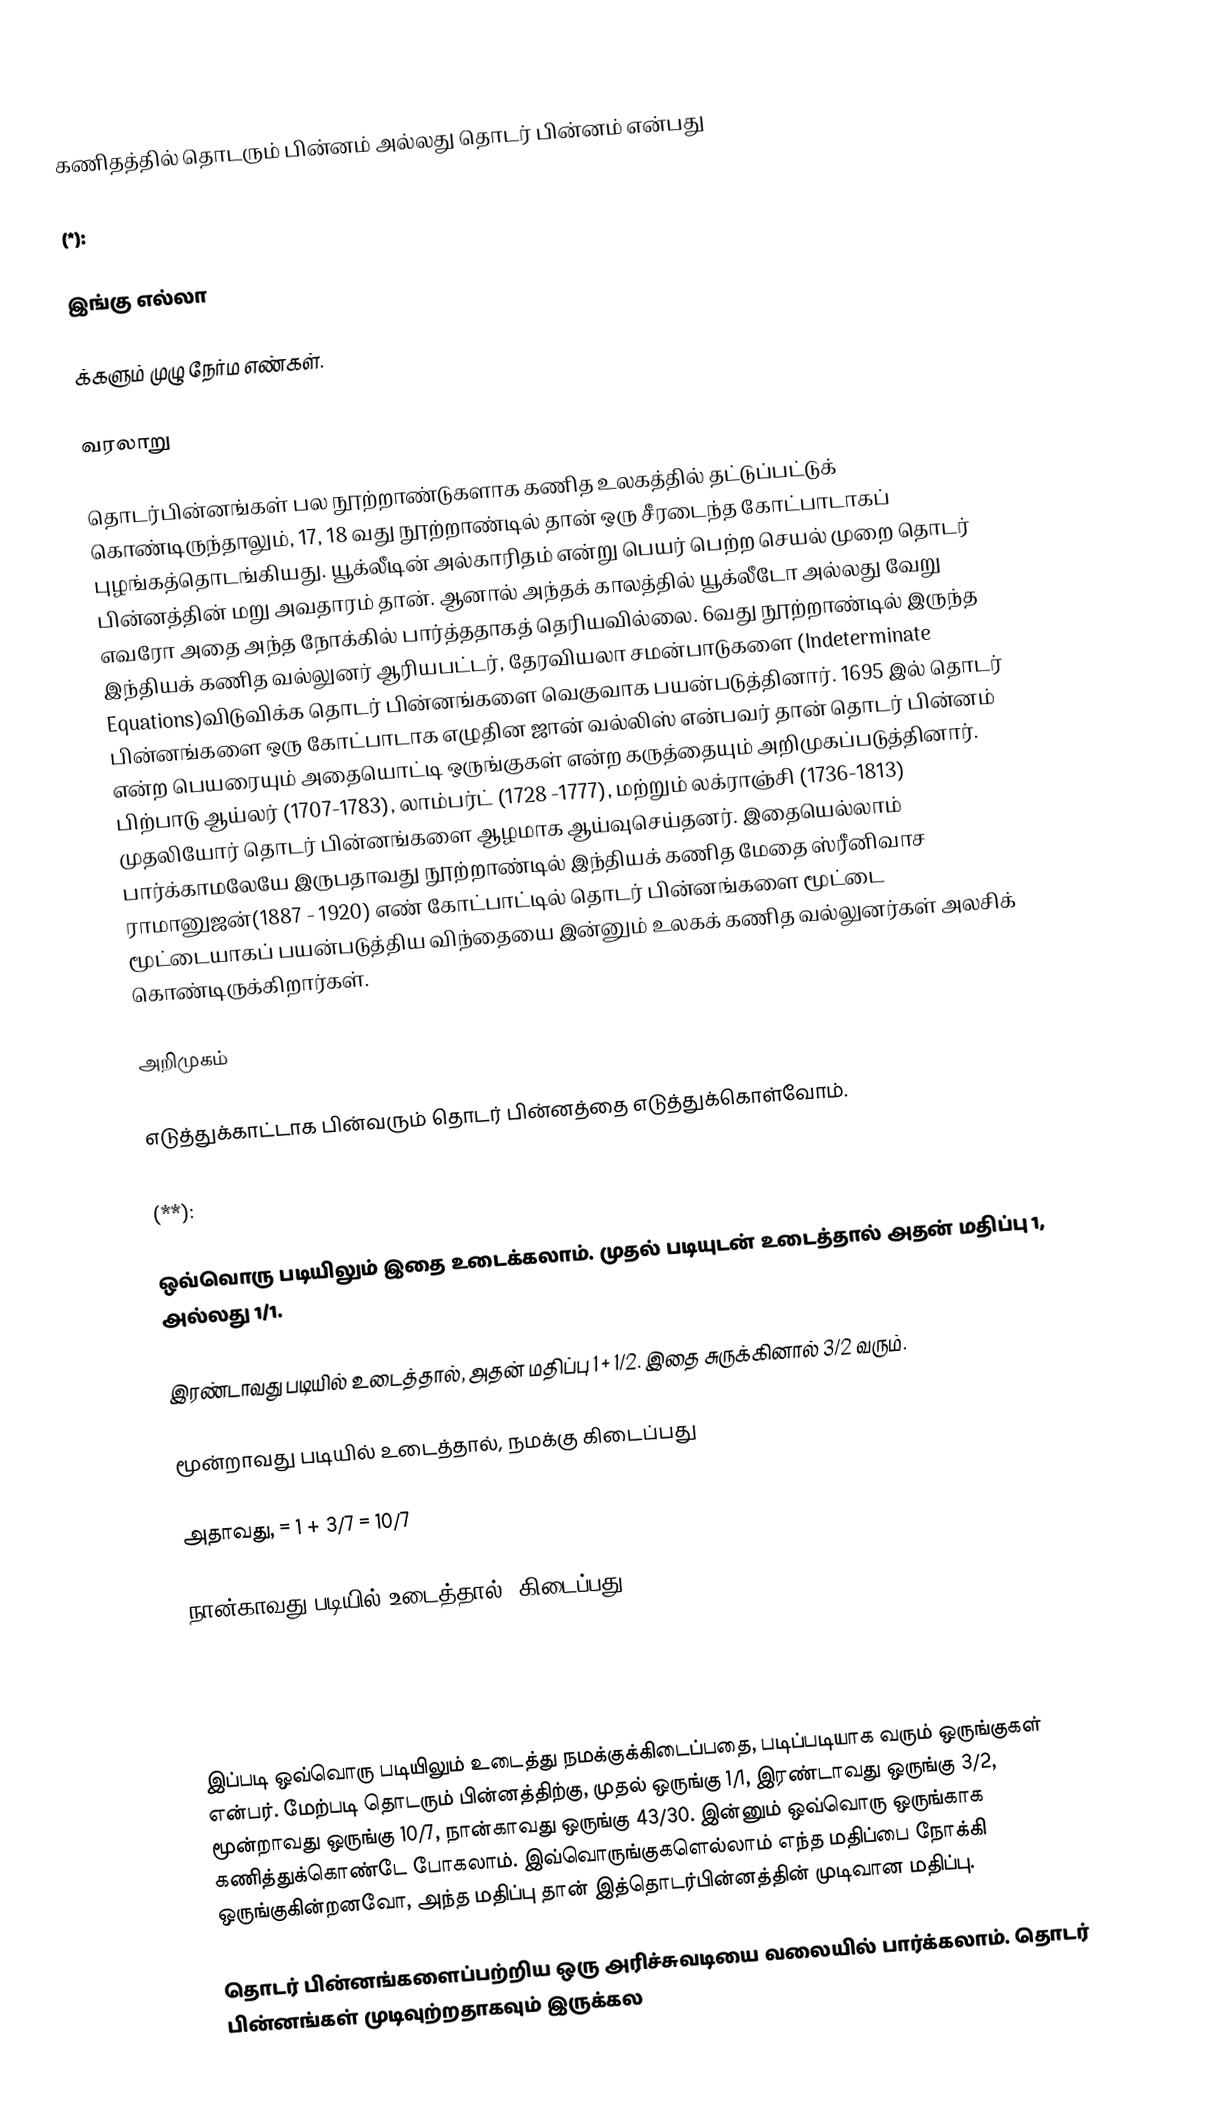
கணிதத்தில் தொடரும் பின்னம்  அல்லது தொடர் பின்னம் என்பது

(*):

இங்கு எல்லா

 க்களும் முழு நேர்ம எண்கள்.

வரலாறு

தொடர்பின்னங்கள் பல நூற்றாண்டுகளாக கணித உலகத்தில் தட்டுப்பட்டுக் கொண்டிருந்தாலும், 17, 18 வது நூற்றாண்டில் தான் ஒரு சீரடைந்த கோட்பாடாகப் புழங்கத்தொடங்கியது. யூக்லீடின் அல்காரிதம் என்று பெயர் பெற்ற செயல் முறை தொடர் பின்னத்தின் மறு அவதாரம் தான். ஆனால் அந்தக் காலத்தில் யூக்லீடோ அல்லது வேறு எவரோ அதை அந்த நோக்கில் பார்த்ததாகத் தெரியவில்லை. 6வது நூற்றாண்டில் இருந்த இந்தியக் கணித வல்லுனர் ஆரியபட்டர், தேரவியலா சமன்பாடுகளை (Indeterminate Equations)விடுவிக்க தொடர் பின்னங்களை வெகுவாக பயன்படுத்தினார். 1695 இல் தொடர் பின்னங்களை ஒரு கோட்பாடாக எழுதின ஜான் வல்லிஸ் என்பவர் தான் தொடர் பின்னம் என்ற பெயரையும் அதையொட்டி ஒருங்குகள் என்ற கருத்தையும் அறிமுகப்படுத்தினார். பிற்பாடு ஆய்லர் (1707-1783), லாம்பர்ட் (1728 -1777), மற்றும் லக்ராஞ்சி (1736-1813) முதலியோர் தொடர் பின்னங்களை ஆழமாக ஆய்வுசெய்தனர். இதையெல்லாம் பார்க்காமலேயே இருபதாவது நூற்றாண்டில் இந்தியக் கணித மேதை ஸ்ரீனிவாச ராமானுஜன்(1887 - 1920) எண் கோட்பாட்டில் தொடர் பின்னங்களை மூட்டை மூட்டையாகப் பயன்படுத்திய விந்தையை இன்னும் உலகக் கணித வல்லுனர்கள் அலசிக் கொண்டிருக்கிறார்கள்.

அறிமுகம்

எடுத்துக்காட்டாக பின்வரும் தொடர் பின்னத்தை எடுத்துக்கொள்வோம்.

(**):

ஒவ்வொரு படியிலும் இதை உடைக்கலாம். முதல் படியுடன் உடைத்தால் அதன் மதிப்பு 1, அல்லது 1/1.

இரண்டாவது படியில் உடைத்தால், அதன் மதிப்பு 1 + 1/2. இதை சுருக்கினால் 3/2 வரும்.

மூன்றாவது படியில் உடைத்தால், நமக்கு கிடைப்பது

அதாவது,  = 1 + 3/7 = 10/7

நான்காவது படியில் உடைத்தால், கிடைப்பது

=

1 + 13/30  43/30

இப்படி ஒவ்வொரு படியிலும் உடைத்து நமக்குக்கிடைப்பதை, படிப்படியாக வரும் ஒருங்குகள் என்பர். மேற்படி தொடரும் பின்னத்திற்கு, முதல் ஒருங்கு 1/1, இரண்டாவது ஒருங்கு 3/2, மூன்றாவது ஒருங்கு 10/7, நான்காவது ஒருங்கு 43/30. இன்னும் ஒவ்வொரு ஒருங்காக கணித்துக்கொண்டே போகலாம். இவ்வொருங்குகளெல்லாம் எந்த மதிப்பை நோக்கி ஒருங்குகின்றனவோ, அந்த மதிப்பு தான் இத்தொடர்பின்னத்தின் முடிவான மதிப்பு.

தொடர் பின்னங்களைப்பற்றிய ஒரு அரிச்சுவடியை  வலையில் பார்க்கலாம். தொடர் பின்னங்கள் முடிவுற்றதாகவும் இருக்கல